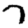
Digit: 7